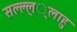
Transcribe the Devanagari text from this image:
सल्ल्ल््लाहु